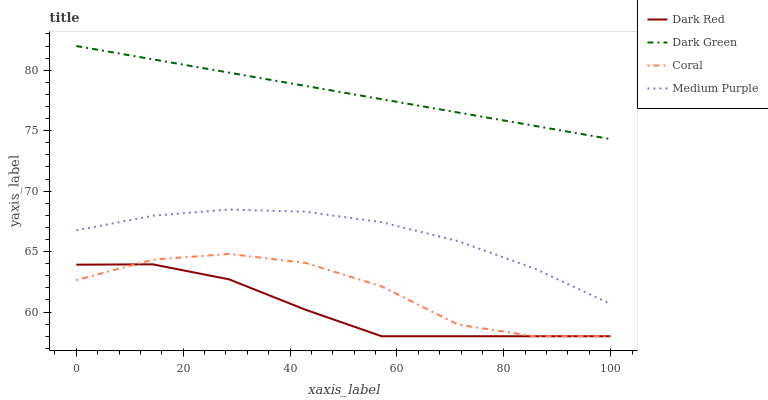
| xaxis_label | Dark Red | Dark Green | Coral | Medium Purple |
 | --- | --- | --- | --- | --- |
 | 0 | 63.9 | 82 | 62.6 | 66.8 |
 | 14.3 | 63.9 | 80.9 | 64.3 | 68 |
 | 28.6 | 62.7 | 79.8 | 64.8 | 68.5 |
 | 42.9 | 60.2 | 78.7 | 64.1 | 68.3 |
 | 57.1 | 58 | 77.6 | 62.1 | 67.4 |
 | 71.4 | 58 | 76.5 | 59 | 65.9 |
 | 85.7 | 58 | 75.4 | 58 | 63.6 |
 | 100 | 58 | 74.3 | 58 | 60.7 |